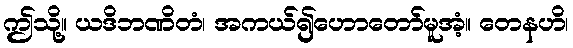
ဤသို့။ ယဒိဘဏိတံ၊ အကယ်၍ဟောတော်မူအံ့။ တေနဟိ၊